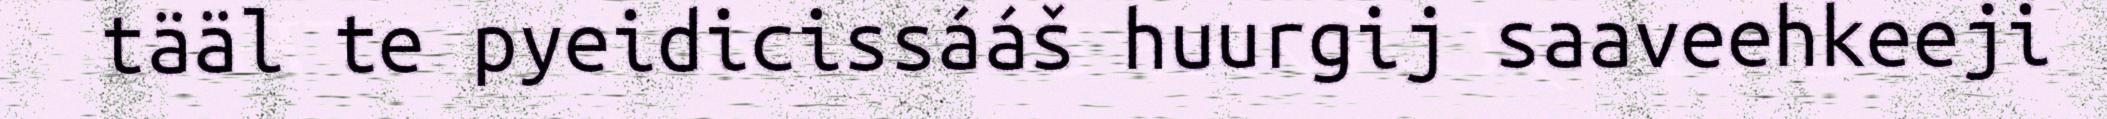
tääl te pyeidicissááš huurgij saaveehkeeji